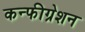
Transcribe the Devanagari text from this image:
कन्फीग्रेशन